Vaccination Hyderabad 1872-1889 - 1872-1889
Year: 1872
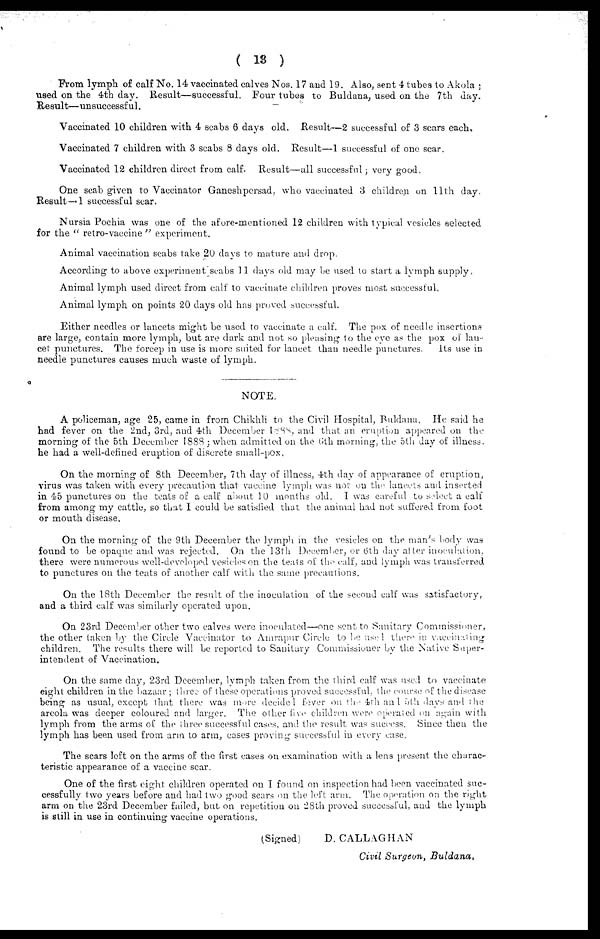
( 13 )
From lymph of calf No. 14 vaccinated calves Nos. 17 and 19. Also, sent 4 tubes to Akola ;
used on the 4th day. Result—successful. Four tubes to Buldana, used on the 7th day.
Result—unsuccessful.
—
Vaccinated 10 children with 4 scabs 6 days old. Result—2 successful of 3 scars each.
Vaccinated 7 children with 3 scabs 8 days old. Result—1 successful of one scar.
Vaccinated 12 children direct from calf. Result—all successful; very good.
One scab given to Vaccinator Ganeshpersad, who vaccinated 3 children on 11th day.
Result—«1 successful scar.
Nursia Pochia was one of the afore-mentioned 12 children with typical vesicles selected
for the " retro-vaccine " experiment.
Animal vaccination scabs take 20 days to mature and drop.
According to above experiment scabs 11 days old may be used to start a lymph supply,
Animal lymph used direct from calf to vaccinate children proves most successful.
Animal lymph on points 20 days old has proved successful.
Either needles or lancets might be used to vaccinate a calf. The pox of needle insertions
are large, contain more lymph, but are dark and not so pleasing to the eye as the pox of lan-
cet punctures. The forcep in use is more suited for lancet than needle punctures.
Its use in
needle punctures causes much waste of lymph.
NOTE.
A policeman, age 25, came in from Chikhli to the Civil Hospital, Buldana. He said he
had fever on the 2nd, 3rd, and 4th December 1888, and that an eruption appeared on the
morning of the 5th December 1888 ; when admitted on the 6th morning, the 5th day of illness.
he had a well-defined eruption of discrete small-pox.
On the morning of 8th December, 7th day of illness, 4th day of appearance of eruption,
virus was taken with every precaution that vaccine lymph was not on the lancets and inserted
in 45 punctures on the teats of a calf about 10 months old. I was careful to select a calf
from among my cattle, so that I could be satisfied that the animal had not suffered from foot
or mouth disease.
On the morning of the 9th December the lymph in the vesicles on the man's body was
found to be opaque and was rejected. On the 13th December, or 6th day after inoculation.
there were numerous well-developed vesicles on the teals of the calf, and lymph was transferred
to punctures on the teats of another calf with the same precautions.
On the 18th December the result of the inoculation of the second calf was satisfactory,
and a third calf was similarly operated upon.
On 23rd December other two calves were inoculated—one sent to Sanitary Commissioner,
the other taken by the Circle Vaccinator to Amrapur Circle to be used there in vaccinating
children. The results there will be reported to Sanitary Commissioner by the Native Super-
intendent of Vaccination.
On the same day, 23rd December, lymph taken from the third calf was used to vaccinate
eight children in the bazaar; three of these operations proved successful, the course of the disease
being as usual, except that there was more decided fever on the 4th and 5t h days and the
arcola was deeper coloured and larger. The other five children were operated on again with
lymph from the arms of the three successful cases, and the result was success. Since then the
lymph has been used from arm to arm, cases proving successful in every case.
The scars left on the arms of the first cases on examination with a lens present the charac-
teristic appearance of a vaccine scar.
One of the first eight children operated on I found on inspection had been vaccinated suc-
cessfully two years before and had two good scars on the left arm. The operation on the right
arm on the 23rd December failed, but on repetition on 28th proved successful, and the lymph
is still in use in continuing vaccine operations.
(Signed)
D. CALLAGHAN
Civil Surgeon, Buldana.